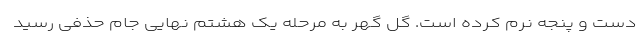
دست و پنجه نرم کرده است. گل گهر به مرحله یک هشتم نهایی جام حذفی رسید